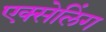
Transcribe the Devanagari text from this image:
एक्सेलिंग